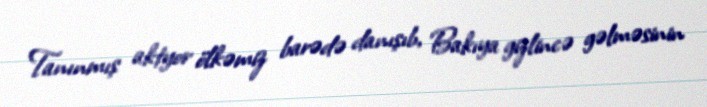
Tanınmış aktyor ölkəmiz barədə danışıb, Bakıya gizlincə gəlməsinin